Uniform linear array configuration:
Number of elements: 48
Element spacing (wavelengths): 1
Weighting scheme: hamming
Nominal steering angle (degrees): -60
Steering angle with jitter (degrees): -60.62
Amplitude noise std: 0.05
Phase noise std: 0.05

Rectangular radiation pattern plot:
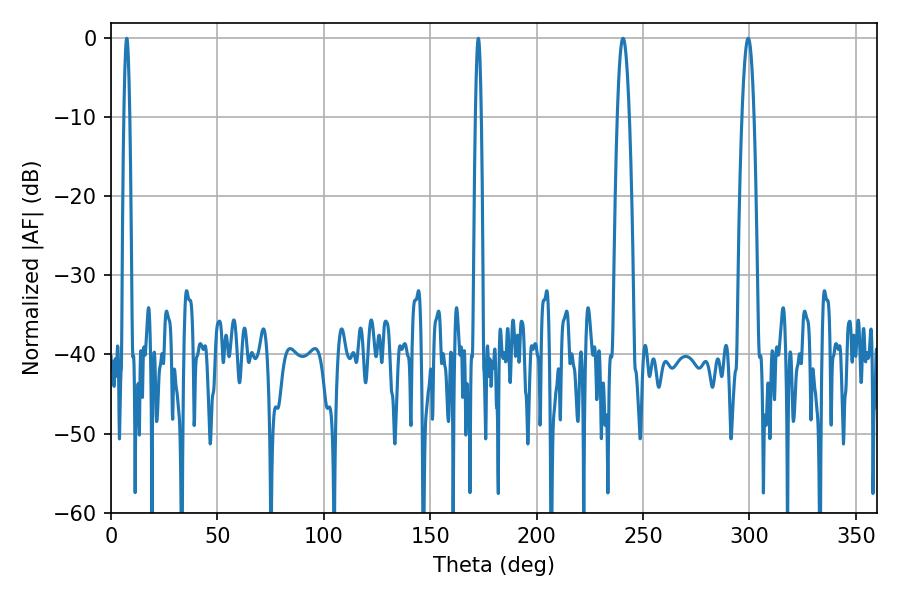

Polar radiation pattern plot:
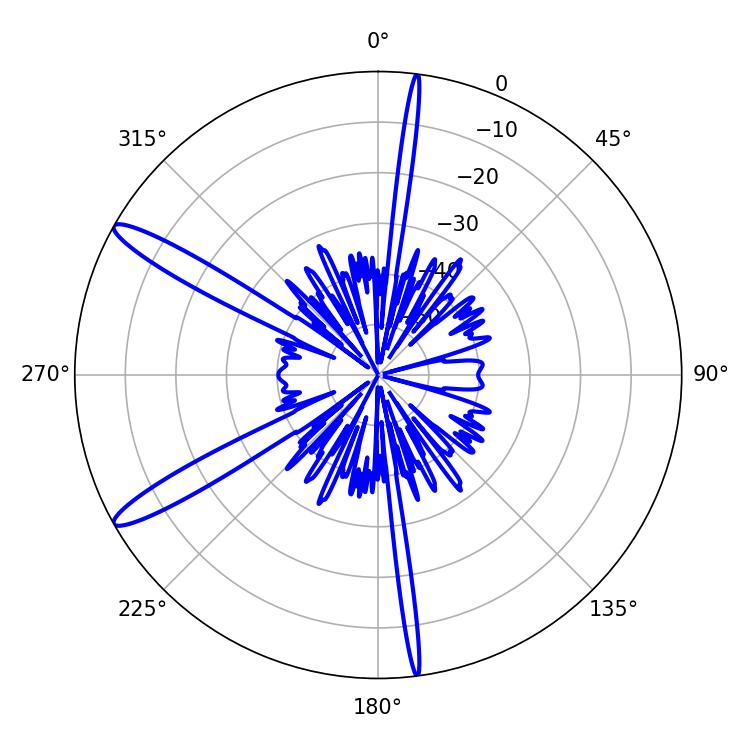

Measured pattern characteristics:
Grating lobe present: TRUE
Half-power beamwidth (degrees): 1.44
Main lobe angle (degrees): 172.62